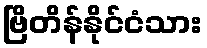
ဗြိတိန်နိုင်ငံသား